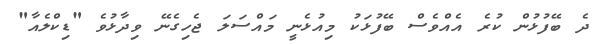
ދެ ބޭފުޅުން ކުރެ އެއްވެސް ބޭފުޅަކު މިއުޅެނީ މައްސަލަ ޖެހިގެނޭ ވިދާޅުވެ "ޑިކްލެއާ"